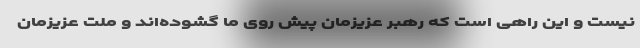
نیست و این راهی است که رهبر عزیزمان پیش روی ما گشوده‌اند و ملت عزیزمان